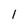
Character: l